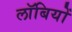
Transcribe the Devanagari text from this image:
लॉबियों